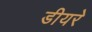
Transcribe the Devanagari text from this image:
डीयरे